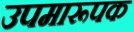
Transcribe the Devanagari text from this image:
उपमारूपक